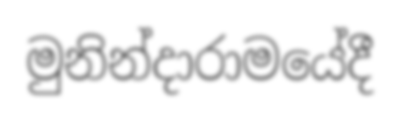
මුනින්දාරාමයේදී